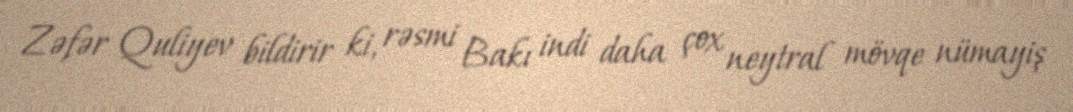
Zəfər Quliyev bildirir ki, rəsmi Bakı indi daha çox neytral mövqe nümayiş